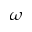
\omega